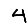
Digit: 4